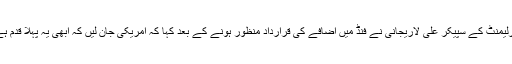
پارلیمنٹ کے سپیکر علی لاریجانی نے فنڈ میں اضافے کی قرارداد منظور ہونے کے بعد کہا کہ امریکی جان لیں کہ ابھی یہ پہلا قدم ہے۔